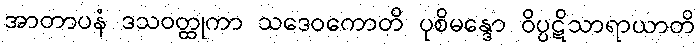
အာတာပနံ ဒသဝတ္ထုကာ သဒေဝကောတိ ပုစိမန္ဒော ဝိပ္ပဋိသာရာယာတိ